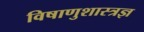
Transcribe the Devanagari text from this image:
विषाणुशास्त्रज्ञ